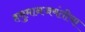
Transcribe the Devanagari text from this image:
हनुमानजयंतीचा